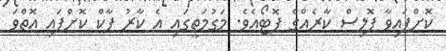
ކޮށްފައިވާ ޕޮލިސް ކާރެއްގެ ފޮޓޯއެވެ. މަގުމަތީގައި އެ ކާރު ޕާކް ކޮށްފައި އޮތްވަ